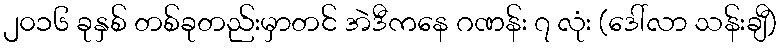
၂၀၁၆ ခုနှစ် တစ်ခုတည်းမှာတင် အဲဒီကနေ ဂဏန်း ၇ လုံး (ဒေါ်လာ သန်းချီ)